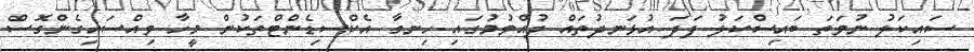
ސައިކަލު ނުވަތަ ބައިސްކަލު ފަދަ އުޅަނދުތައް ދުއްވުމުގައި ހިނގާ އެކްސިޑެންޓްތަކުން މީހާ ވިއްސައިގެންގޮސް